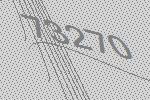
73270